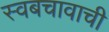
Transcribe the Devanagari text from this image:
स्वबचावाची